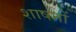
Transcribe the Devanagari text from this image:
शाषनों